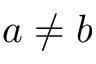
a \neq b